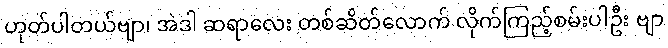
ဟုတ်ပါတယ်ဗျာ၊ အဲဒါ ဆရာလေး တစ်ဆိတ်လောက် လိုက်ကြည့်စမ်းပါဦး ဗျာ